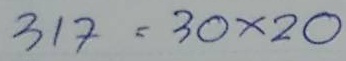
317 = 30 x20